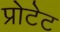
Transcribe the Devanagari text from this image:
प्रोटेट